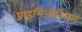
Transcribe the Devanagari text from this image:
प्राइमिजीनियस